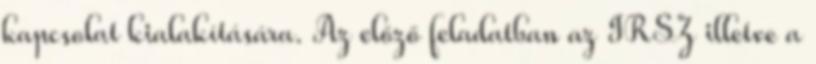
kapcsolat kialakítására. Az előző feladatban az IRSZ illetve a